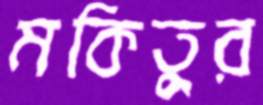
মকিতুর